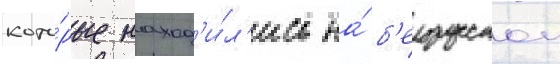
кото́рые наход'и́л'ись на́ б'елорусскои